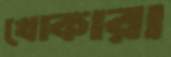
খোকারা